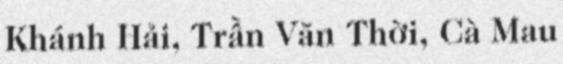
Khánh Hải, Trần Văn Thời, Cà Mau